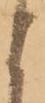
よ